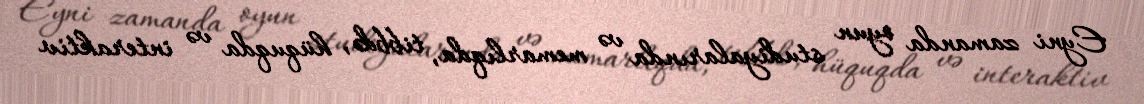
Eyni zamanda oyun studiyalarında və memarlıqda, tibbdə, hüquqda və interaktiv